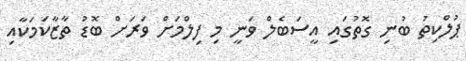
ޕުލްކިތު ބުނި ގޮތުގައި އީސަބެލް ވަނީ މި ފިލްމަށް ވަރަށް ބޮޑު ތާޒާކަމަކާއި